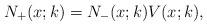
LaTeX: \begin{align*}N_+(x;k) =N_-(x;k) V(x;k),\end{align*}